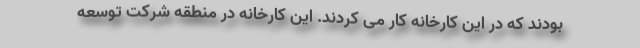
بودند که در این کارخانه کار می کردند. این کارخانه در منطقه شرکت توسعه